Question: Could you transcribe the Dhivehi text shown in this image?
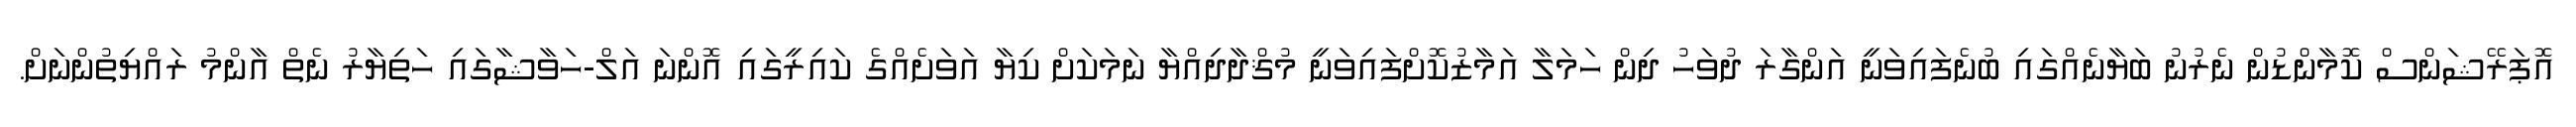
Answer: އޮޕަރޭޝަންސް ކޮމާންޑުން ނެރުނު ބަޔާނެއްގައި ބުނެފައިވަނީ އަންގާރަ ދުވަހު ދިން ހަމަލާ އަމާޒުކޮށްފައިވަނީ މުޤްދާދިއްޔާ ނަމަކަށް ކިޔާ އަވަށެއްގެ ކައިރީގައި އޮންނަ އަލް-ހަވާޝާގައި ހަތިޔާރު ނެތް އާންމު ރައްޔިތުންނަށް.